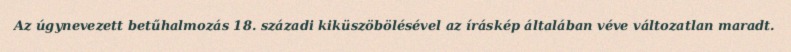
Az úgynevezett betűhalmozás 18. századi kiküszöbölésével az íráskép általában véve változatlan maradt.